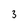
Character: 3